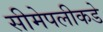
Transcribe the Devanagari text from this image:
सीमेपलीकडे